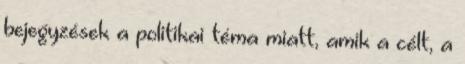
bejegyzések a politikai téma miatt, amik a célt, a